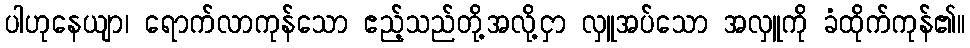
ပါဟုနေယျာ၊ ရောက်လာကုန်သော ဧည့်သည်တို့အလို့ငှာ လှူအပ်သော အလှူကို ခံထိုက်ကုန်၏။